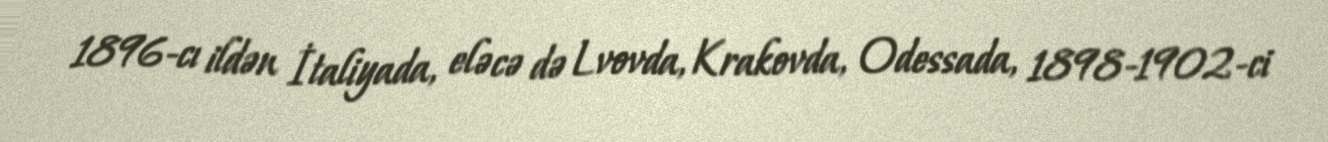
1896-cı ildən İtaliyada, eləcə də Lvovda, Krakovda, Odessada, 1898-1902-ci